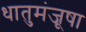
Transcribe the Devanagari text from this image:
धातुमंजूषा